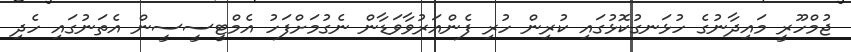
ޖުމްހޫރީ މައިދާނުގެ ހުޅަނގުކޮޅުގައި ކުރިން ހުރި ފެންއަރުވާވަޑާން ނެގުމަށްފަހު އެމްޓީސީސީން އެތަނުގައި ހެދި